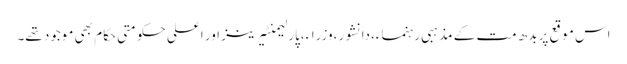
اس موقع پر بدھ مت کے مذہبی رہنماء،دانشور،وزراء،پارلیمنٹیرینز اور اعلی حکومتی حکام بھی موجود تھے۔